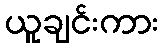
ယူချင်းကား